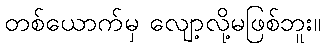
တစ်ယောက်မှ လျော့လို့မဖြစ်ဘူး။